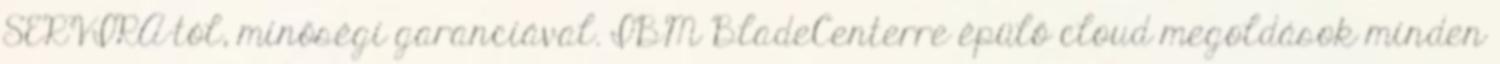
SERVIRA-tól, minőségi garanciával. IBM BladeCenterre épülő cloud megoldások minden